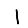
Digit: 1